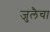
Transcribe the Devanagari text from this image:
जुलैचा